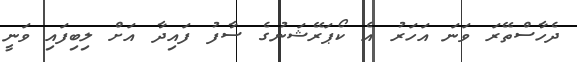
ދެހާސްތޭރަ ވަނަ އަހަރު އެ ކޯޕަރޭޝަނުގެ ސާފު ފައިދާ އަށް ލިބިފައި ވަނީ